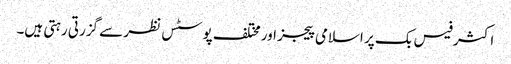
اکثر فیس بک پر اسلامی پیجز اور مختلف پوسٹس نظر سے گزرتی رہتی ہیں۔